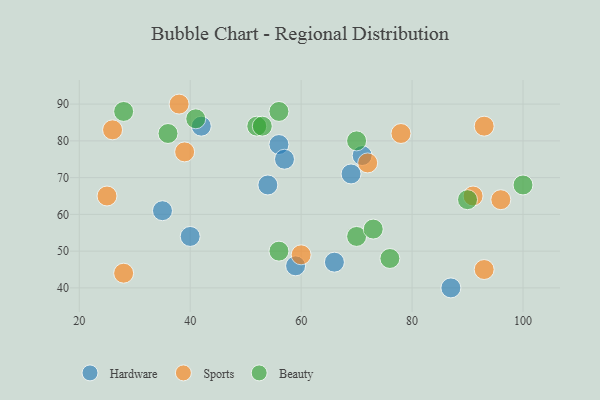
{"axis": {"x": "GDP", "y": "Life Expectancy"}, "legend": ["Beauty", "Hardware", "Sports"], "data": [{"x": "35", "y": 61, "type": "Hardware"}, {"x": "66", "y": 47, "type": "Hardware"}, {"x": "54", "y": 68, "type": "Hardware"}, {"x": "56", "y": 79, "type": "Hardware"}, {"x": "57", "y": 75, "type": "Hardware"}, {"x": "59", "y": 46, "type": "Hardware"}, {"x": "87", "y": 40, "type": "Hardware"}, {"x": "40", "y": 54, "type": "Hardware"}, {"x": "42", "y": 84, "type": "Hardware"}, {"x": "69", "y": 71, "type": "Hardware"}, {"x": "71", "y": 76, "type": "Hardware"}, {"x": "25", "y": 65, "type": "Sports"}, {"x": "28", "y": 44, "type": "Sports"}, {"x": "60", "y": 49, "type": "Sports"}, {"x": "39", "y": 77, "type": "Sports"}, {"x": "26", "y": 83, "type": "Sports"}, {"x": "93", "y": 84, "type": "Sports"}, {"x": "72", "y": 74, "type": "Sports"}, {"x": "78", "y": 82, "type": "Sports"}, {"x": "91", "y": 65, "type": "Sports"}, {"x": "38", "y": 90, "type": "Sports"}, {"x": "96", "y": 64, "type": "Sports"}, {"x": "93", "y": 45, "type": "Sports"}, {"x": "28", "y": 88, "type": "Beauty"}, {"x": "41", "y": 86, "type": "Beauty"}, {"x": "100", "y": 68, "type": "Beauty"}, {"x": "70", "y": 54, "type": "Beauty"}, {"x": "90", "y": 64, "type": "Beauty"}, {"x": "56", "y": 50, "type": "Beauty"}, {"x": "73", "y": 56, "type": "Beauty"}, {"x": "36", "y": 82, "type": "Beauty"}, {"x": "52", "y": 84, "type": "Beauty"}, {"x": "56", "y": 88, "type": "Beauty"}, {"x": "53", "y": 84, "type": "Beauty"}, {"x": "76", "y": 48, "type": "Beauty"}, {"x": "70", "y": 80, "type": "Beauty"}]}